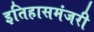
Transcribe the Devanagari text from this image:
इतिहासमंजरी